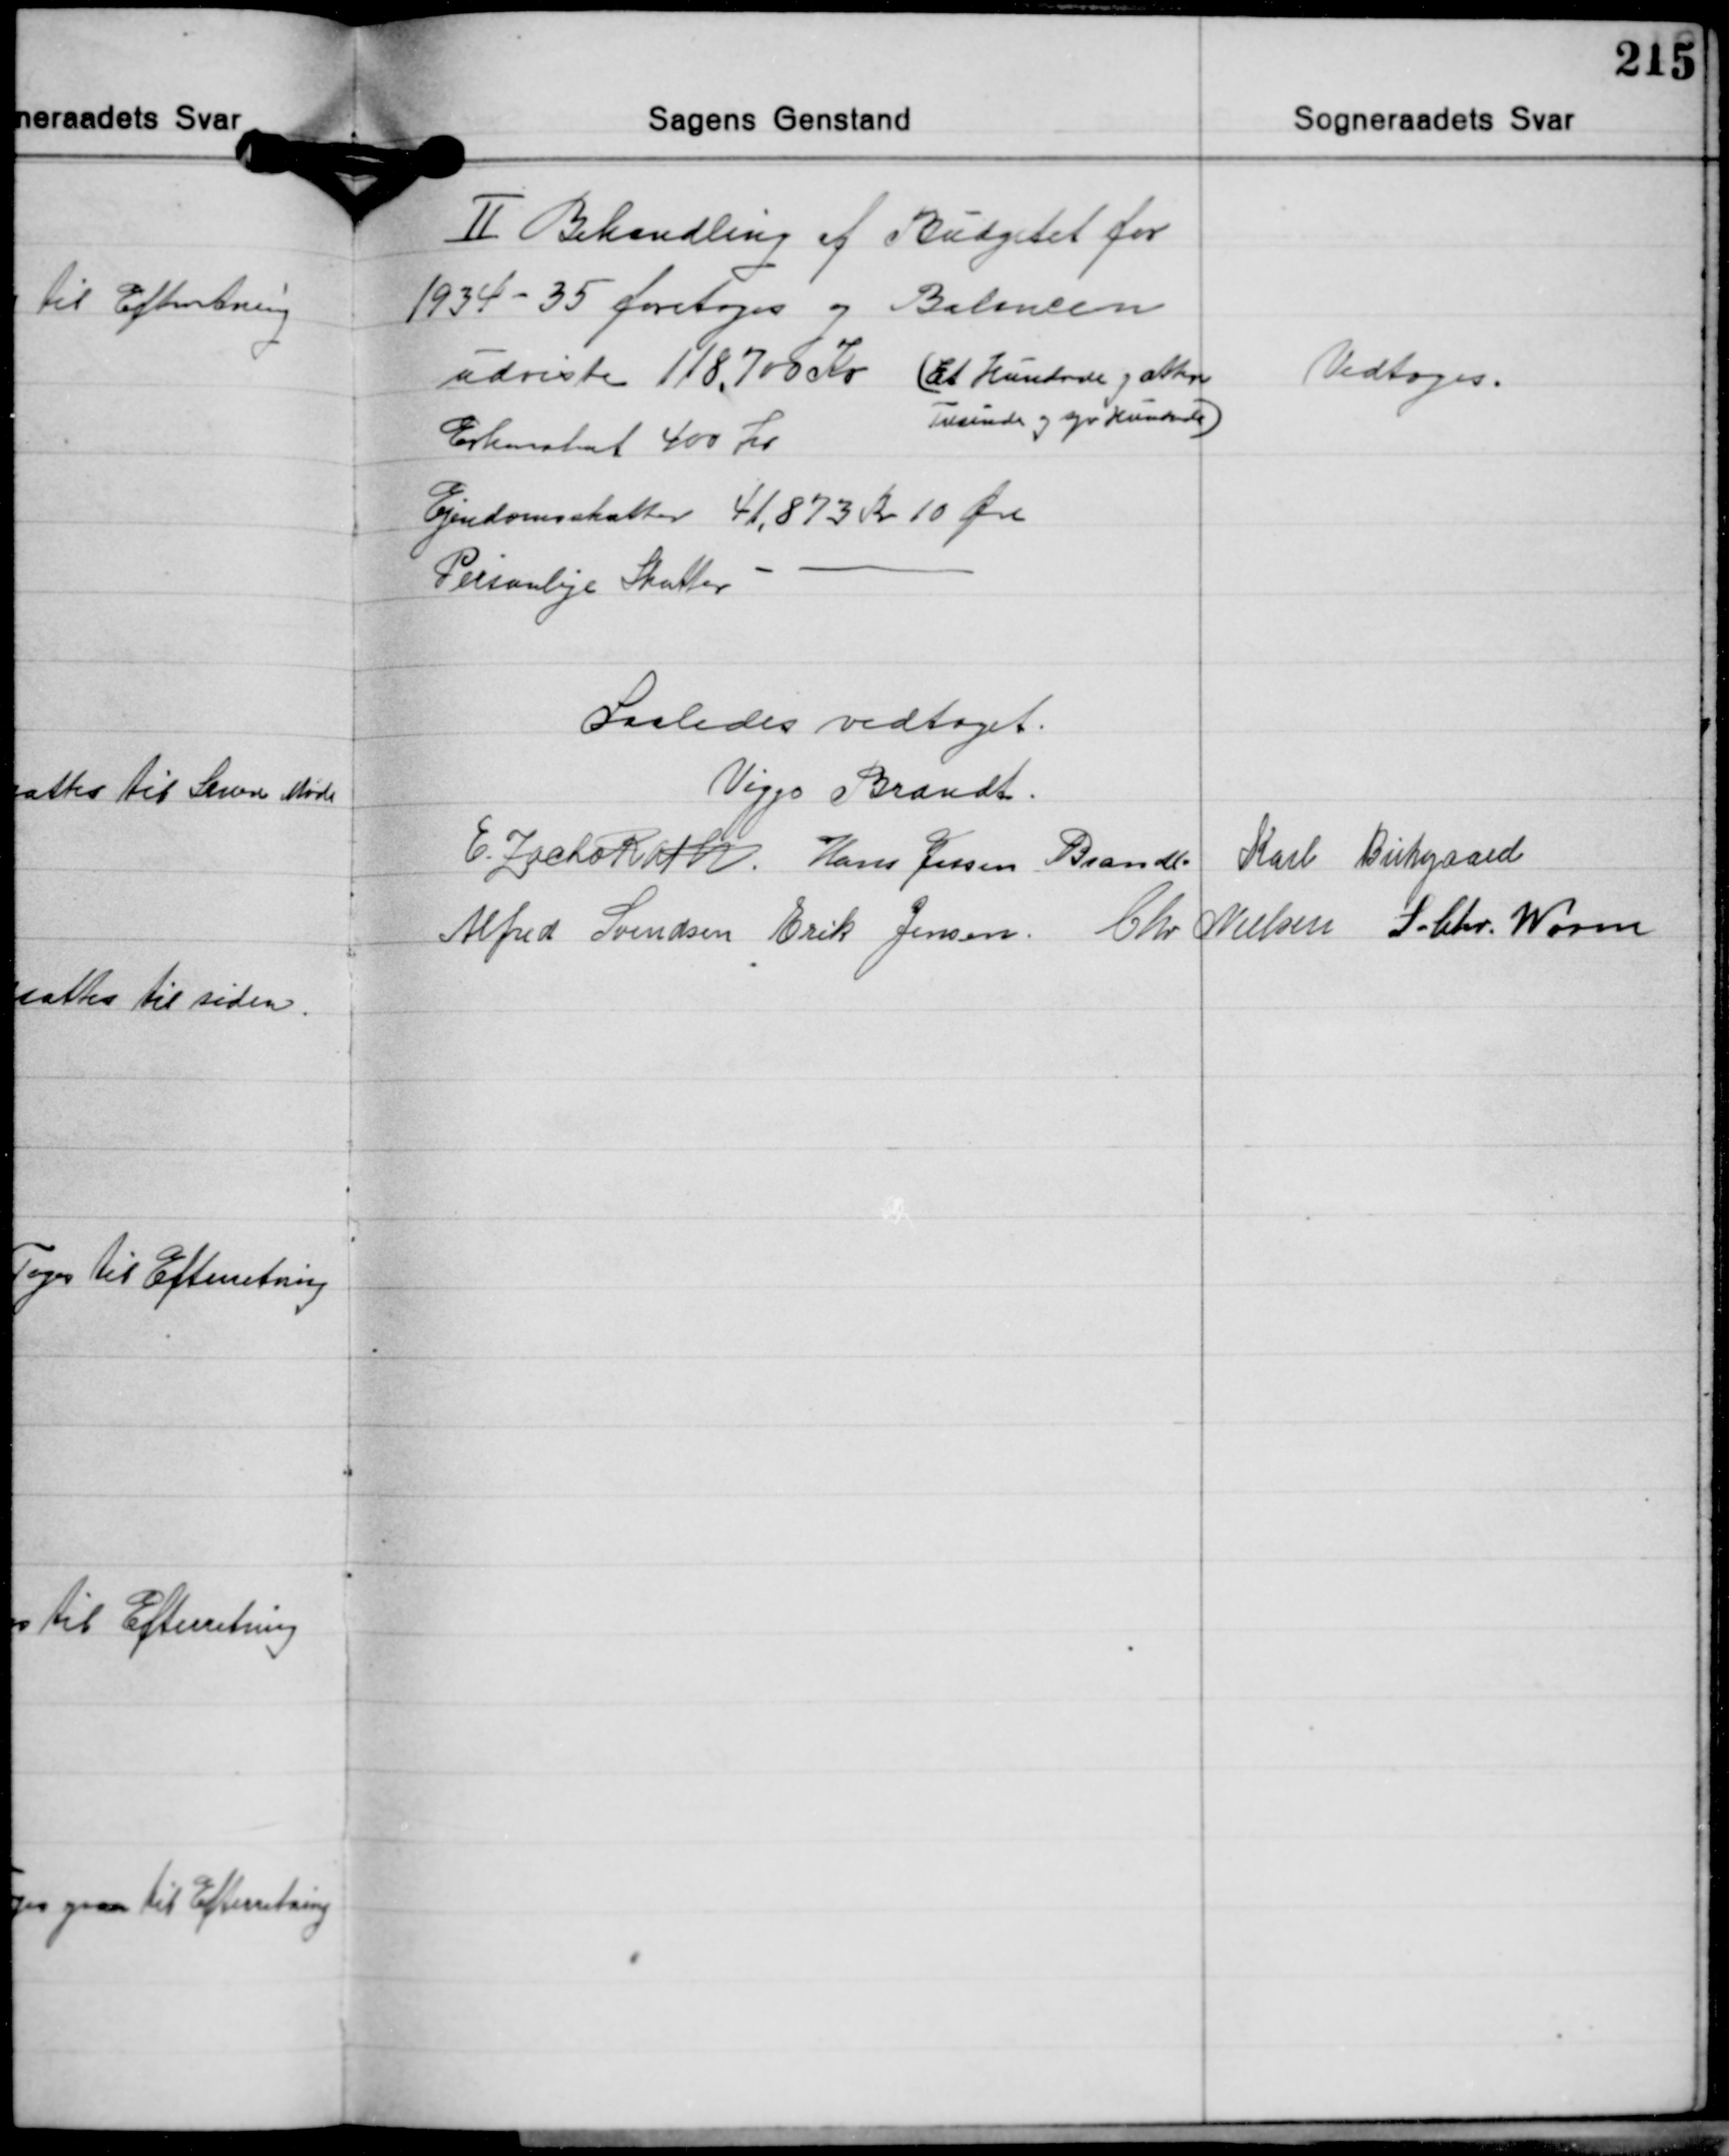
Transskription:
Ⅱ Behandling af Budgetet for
1934 - 35 foretoges og Balancen
udviste 118.700 Kr. (Et Hundrede og atten
Tusinde og syv Hundrede)
Erhvervskat 400 Kr
Ejendomsskatter 41,873 Kr. 10 Øre
Personlige Skatter - -

Vedtoges.

Saaledes vedtaget.
Viggo Brandt
E. Zacho Rath Hans Jessen Brandt Karl Birkegaard
Chr. Nielsen S. Chr. Worm
Alfred Svendsen Erik Jensen